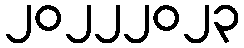
၂၀၂၂၂၀၂၃